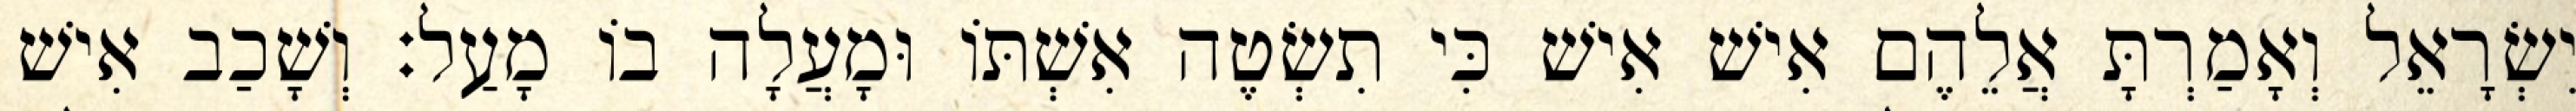
יִשְׂרָאֵל וְאָמַרְתָּ אֲלֵהֶם אִישׁ אִישׁ כִּי תִשְׂטֶה אִשְׁתּוֹ וּמָעֲלָה בוֹ מָעַל׃ וְשָׁכַב אִישׁ